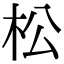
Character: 松